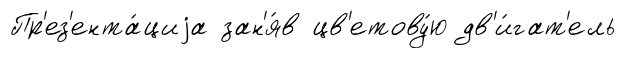
Пр'ез'ента́циjа зан'я́в цв'етову́ю дв'и́гат'ель